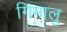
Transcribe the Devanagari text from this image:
गिमालु